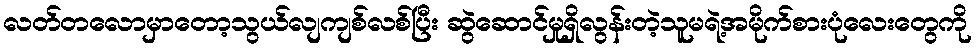
လတ်တလောမှာတော့သွယ်လျကျစ်လစ်ပြီး ဆွဲဆောင်မှုရှိလွန်းတဲ့သူမရဲ့အမိုက်စားပုံလေးတွေကို